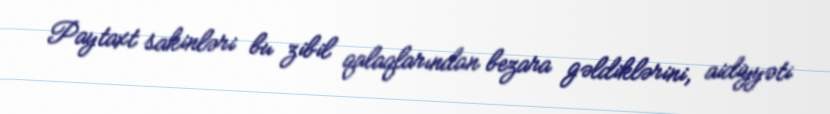
Paytaxt sakinləri bu zibil qalaqlarından bezara gəldiklərini, aidiyyəti